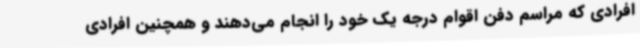
افرادی که مراسم دفن اقوام درجه یک خود را انجام می‌دهند و همچنین افرادی